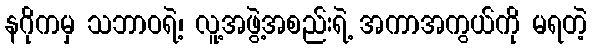
နဂိုကမှ သဘာဝရဲ့၊ လူ့အဖွဲ့အစည်းရဲ့ အကာအကွယ်ကို မရတဲ့